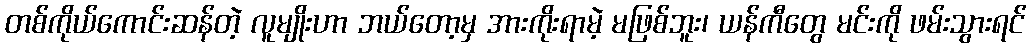
တစ်ကိုယ်ကောင်းဆန်တဲ့ လူမျိုးဟာ ဘယ်တော့မှ အားကိုးရာမဲ့ မဖြစ်ဘူး၊ ယန်ကီတွေ မင်းကို ဖမ်းသွားရင်